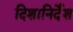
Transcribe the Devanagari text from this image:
दिशानिर्देंश